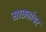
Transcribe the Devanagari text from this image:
साठ्यांवर